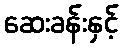
ဆေးခန်းနှင့်